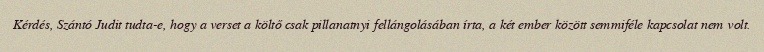
Kérdés, Szántó Judit tudta-e, hogy a verset a költő csak pillanatnyi fellángolásában írta, a két ember között semmiféle kapcsolat nem volt.